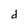
Character: d